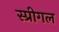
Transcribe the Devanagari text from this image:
स्प्रीगल